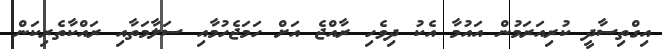
އިގްތިސާދީ ކުރިއަރަމުން އައުމާ އެކު ދިވެހި ރާއްޖެ އަށް ހަމަޖެހުމާއި ސަލާމަތާއި ރައްކާތެރިކަން